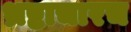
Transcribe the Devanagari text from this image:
भ्रष्टाचारच